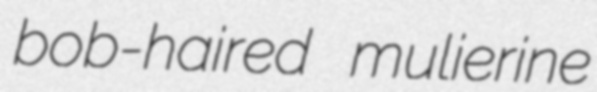
bob-haired mulierine